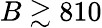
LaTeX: B\gtrsim 810